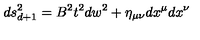
d s _ { d + 1 } ^ { 2 } = B ^ { 2 } t ^ { 2 } d w ^ { 2 } + \eta _ { \mu \nu } d x ^ { \mu } d x ^ { \nu }